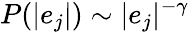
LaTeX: P(|e_{j}|)\sim|e_{j}|^{-\gamma}